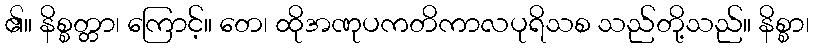
၏။ နိစ္စတ္တာ၊ ကြောင့်။ တေ၊ ထိုအဏုပကတိကာလပုရိသစ သည်တို့သည်။ နိစ္စာ၊